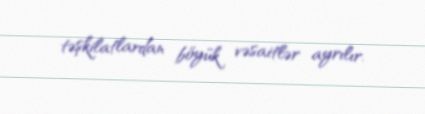
təşkilatlardan böyük vəsaitlər ayrılır.